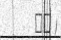
١٨ )